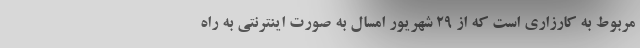
مربوط به کارزاری است که از ۲۹ شهریور امسال به صورت اینترنتی به راه